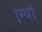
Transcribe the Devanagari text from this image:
।म्यां